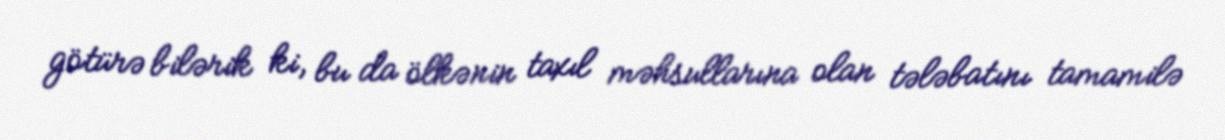
götürə bilərik ki, bu da ölkənin taxıl məhsullarına olan tələbatını tamamilə